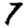
Digit: 7